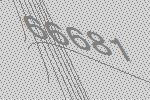
66681